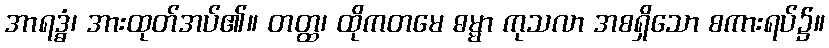
အာရဒ္ဓံ၊ အားထုတ်အပ်၏။ တတ္ထ၊ ထိုကတမေ ဓမ္မာ ကုသလာ အစရှိသော စကားရပ်၌။